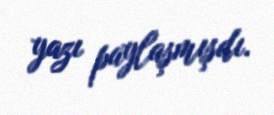
yazı paylaşmışdı.